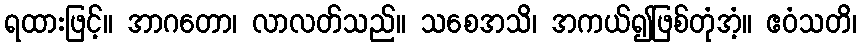
ရထားဖြင့်။ အာဂတော၊ လာလတ်သည်။ သစေအသိ၊ အကယ်၍ဖြစ်တုံအံ့။ ဧဝံသတိ၊